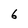
Character: 6